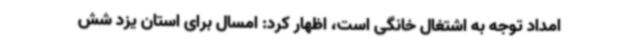
امداد توجه به اشتغال خانگی است، اظهار کرد: امسال برای استان یزد شش